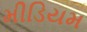
મીડિયમ